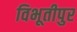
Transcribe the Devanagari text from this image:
विभूतीपुर